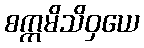
စက္ကမိသိဝှယေ